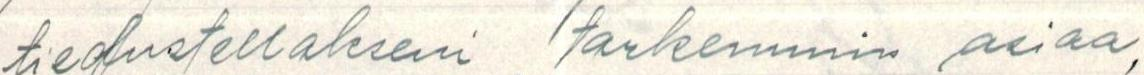
tiedustellakseni tarkemmin asiaa,